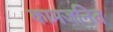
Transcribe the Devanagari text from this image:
कामजनित